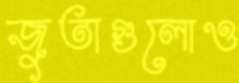
জুতাগুলোও